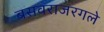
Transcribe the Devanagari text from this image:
बसवराजरगले